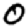
Digit: 0